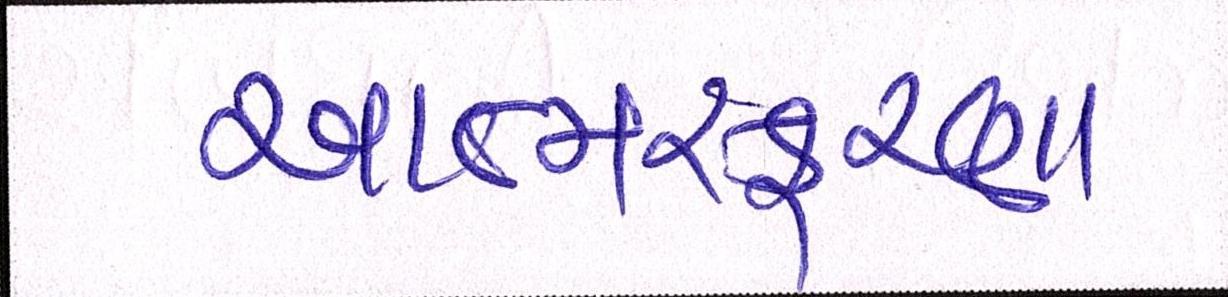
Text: આત્મસ્ફૂરણા